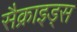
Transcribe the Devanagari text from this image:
सैक्राइड्स